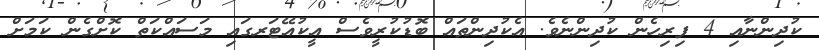
ކުދިންނާއި 4 ފިރިހެން ކުދިންނެވެ. އެކުދިންތައް ބޮޑުކުރީވެސް އީކުއޭޓަރގައި މަސައްކަތް ކޮށްގެން ކަމަށް